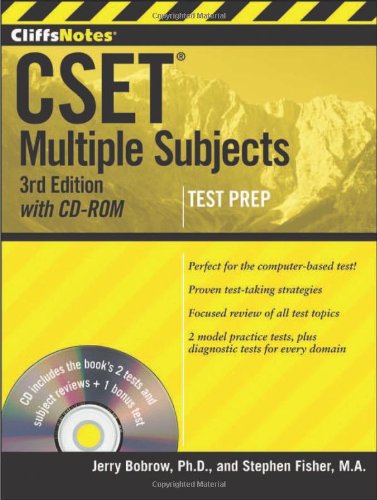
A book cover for CliffsNotes CSET: Multiple Subjects with CD-ROM, 3rd Edition; Stephen Fisher; Test Preparation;